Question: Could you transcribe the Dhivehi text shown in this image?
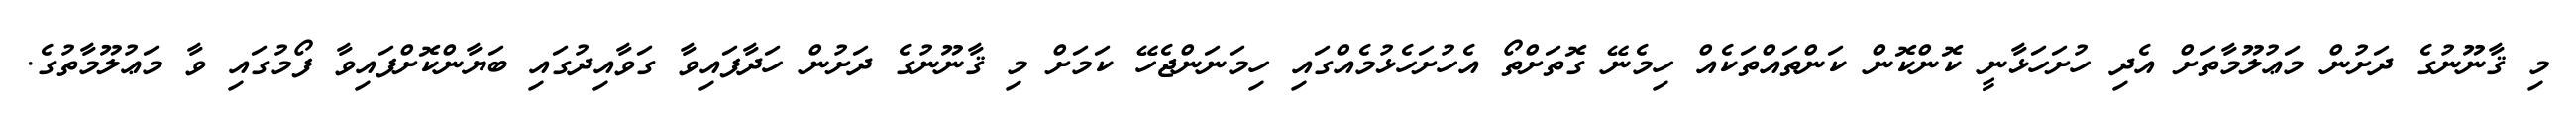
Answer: މި ޤާނޫނުގެ ދަށުން މަޢުލޫމާތަށް އެދި ހުށަހަޅާނީ ކޮންކޮން ކަންތައްތަކެއް ހިމެނޭ ގޮތަށްތޯ އެހުށަހެޅުމެއްގައި ހިމަނަންޖެހޭ ކަމަށް މި ޤާނޫނުގެ ދަށުން ހަދާފައިވާ ގަވާއިދުގައި ބަޔާންކޮށްފައިވާ ފޯމުގައި ވާ މަޢުލޫމާތުގެ.